Calcutta medical institutions reports 1879-81 [i.e.91]
Year: 1879
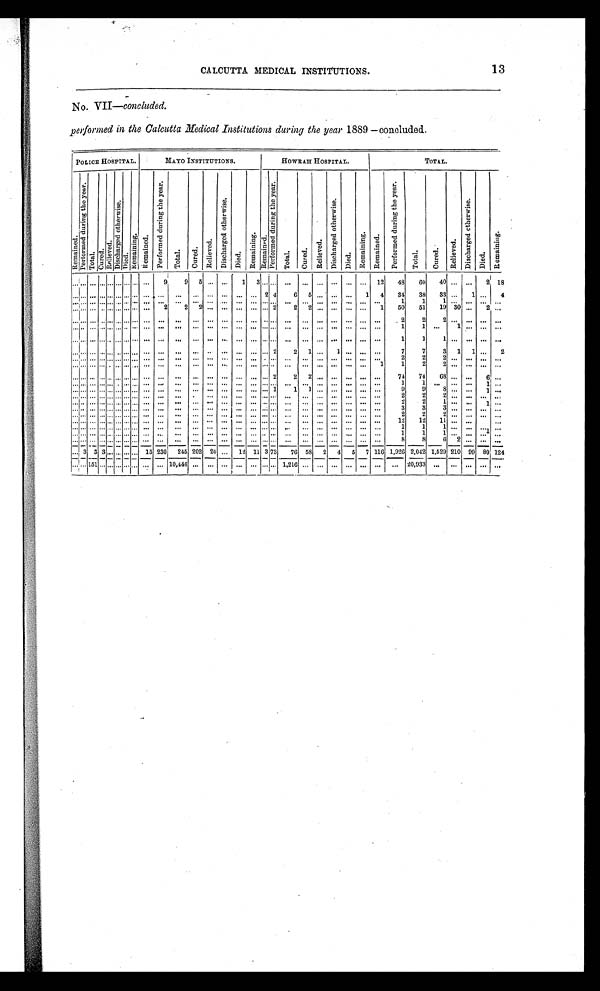
13
CALCUTTA MEDICAL INSTITUTIONS.
No. VII—
concluded.
performed in the Calcutta Medical Institutions during the year 1889 — concluded.
POLICE HOSPITAL.
MAYO INSTITUTIONS.
HOWRAH HOSPITAL.
TOTAL.
R e m a i n e d .
P e r f o r m e d d u r i n g t h e y e a r .
T o t a l .
C u r e d .
R e l i e v e d .
D i s c h a r g e d o t h e r w i s e .
D i e d .
R e m a i n i n g .
R e m a i n e d .
P e r f o r m e d d u r i n g t h e y e a r .
T o t a l .
C u r e d .
R e l i e v e d .
D i s c h a r g e d o t h e r w i s e .
D i e d .
Re ma i ni ng.
R e m a i n e d .
P e r f o r m e d d u r i n g t h e y e a r .
T o t a l .
C u r e d .
R e l i e v e d .
Di s c h a r e d o t h e r wi s e .
Di ed.
Remai ni ng
R e m a i n e d .
P e r f o r m e d d u r i n g t h e y e a r .
T o t a l .
C u r e d .
Rel i eved.
D i s c h a r g e d o t h e r w i s e .
D i e d .
R e m a i n i n g .
. . .. . .. . . . . .. . .. . .. . .. . . . . . 9
9
5
. . .
. . .
1
3 . . . . . .
. . .
. . . . . . . . . . . . . . . 12
48
60
40 . . .
. . .
2 18
. . .. . .. . . . . .. . .. . .. . .. . . . . . . . .
. . .
. . .
. . .
. . .
. . .. . .
2 4
6
5 . . . . . . . . .
1
4
34
38
33 . . .
1
. . .
4
. . .. . .. . . . . .. . .. . .. . .. . . . . . . . .
. . .
. . .
. . .
. . .
. . .. . .
. . . . . .
. . .
. . . . . . . . . . . . . . .
. . .
1
1
1 . . .
. . .
. . .. . .
. . .. . . . . . . . .. . .. . .. . .. . . . . .
22
2
. . .
. . .
. . . . . .
. . . 2
2
2 . . . . . . . . . . . .
1
50
51
19 30
. . .
2 . . .
. . .. . .. . . . . .. . .. . .. . .. . . . . . . . . . . .
. . . . . . . . . . . . . . . . . .
. . .
. . .
. . . . . . . . . . . . . . .
. . .
2
2
2 . . .
. . .
. . .. . .
. . .. . .. . . . . .. . .. . .. . .. . . . . . . . . . . .
. . . . . . . . . . . . . . . . . . . . .
. . .
. . . . . . . . . . . . . . .
. . .
1
1
. . .
1 . . . . . .
. . .
. . .. . .. . . . . .. . .. . .. . .. . . . . . . . . . . .
. . . . . . . . . . . . . . . . . . . . .
. . .
. . . . . . . . . . . . . . .
. . .
1
1 1
. . .
. . .
. . . . . .
. . .. . .. . . . . .. . .. . .. . .. . . . . . . . . . . .
. . .
. . . . . . . . . . . . . . . 2
2
1 . . . 1
. . . . . .
. . .
7
7 3
1
1
. . .
2
. . .. . .. . . . . .. . .. . .. . .. . . . . . . . . . . .
. . . . . . . . . . . . . . . . . . . . .
. . .
. . . . . . . . . . . . . . .
. . .
2
2
2 . . . . . . . . .
. . .
. . . . . . . . . . . . . . . . . .. . .. . . . . . . . .
. . .
. . . . . . . . . . . . . . . . . . . . .
. . .
. . . . . . . . . . . . . . .
1
1
2
2 . . . . . . . . .
. . .
. . .. . .. . . . . .. . .. . .. . .. . . . . . . . . . . .
. . . . . . . . . . . . . . . . . . 2
2
2 . . . . . . . . . . . . . . .
74
74
68 . . . . . .
6
. . .
. . .. . .. . . . . . . . .. . .. . .. . . . . . . . . . . .
. . . . . . . . . . . . . . . . . . . . .
. . .
. . . . . . . . . . . . . . . . . .
1
1
. . . . . . . . .
1
. . .
. . . . . . . . . . . . . . . . . ... . . . .. . . . . . . . .
. . .
. . .
. . . . . . . . . . . . . . . 1
1
1 . . . . . . . . . . . . . . .
9
9
8 . . . . . .
1
. . .
. . .. . .. . . . . .. . .. . .. . .. . . . . . . . . . . .
. . . . . . . . . . . . . . . . . . . . .
. . .
. . . . . . . . . . . . . . . . . .
2
2
2 . . .
. . .
. . . . . .
. . .. . .. . . . . .. . .. . .. . .. . . . . . . . . . . .
. . . . . . . . . . . . . . . . . . . . .
. . .
. . . . . . . . . . . . . . . . . .
2
2
1 . . .
. . .
1 . . .
. . .. . .. . . . . .. . .. . .. . .. . . . . . . . . . . .
. . . . . . . . . . . . . . . . . . . . .
. . .
. . . . . . . . . . . . . . . . . .
3
3
3 . . .
. . .
. . . . . . . . .
. . .. . .. . . . . .. . .. . .. . .. . . . . . . . . . . .
. . . . . . . . . . . . . . . . . .. . .. . .
. . .
. . . . . . . . . . . . . . .
2
2
2 . . .
. . .
. . . . . .
. . .. . .. . . . . .. . .. . .. . .. . . . . . . . . . . .
. . . . . . . . . . . . . . . . . .. . .. . .
. . .
. . . . . . . . . . . . . . .
12
12
11 . . . . . . . . .
. . .
. . .. . .. . . . .. . . .. . .. . . . . . . . . . . . . . .
. . . . . . . . . . . . . . . . . .. . .. . .
. . .
. . . . . . . . . . . . . . .
1
1
1 . . .
. . .
. . . . . .
. . .. . .. . . . . .. . .. . .. . .. . . . . . . . . . . .
. . . . . . . . . . . . . . . . . .. . .. . .
. . .
. . .. . . . . . . . . . . .
1
1
1 . . .
. . .
1
. . .
. . .. . .. . . . . .. . .. . .. . .. . . . . . . . . . . .
. . . . . . . . . . . . . . . . . .. . .. . .
. . .
. . . . . . . . . . . . . . .
8
8
6
2
. . .
. . .
. . .
. . . 3 3 3 . . . . . .. . . . . . 15 230
245 202 20
. . . 12 11 3 73
76 58
2
4
5
7 116 1,926 2,042 1,529 210 99 80 124
. . . . . . 151. . . . . .. . .. . . . . . . . . . . . 10,446 . . . . . . . . . . . . . . . . . . . . . 1,216 . . .
. . . . . . . . . . . . . . .
. . .
20,933
. . . . . . . . . . . .
. . .